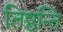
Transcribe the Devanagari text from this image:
तिष्ठन्ति